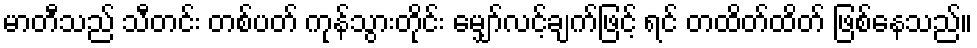
မာတီသည် သီတင်း တစ်ပတ် ကုန်သွားတိုင်း မျှော်လင့်ချက်ဖြင့် ရင် တထိတ်ထိတ် ဖြစ်နေသည်။